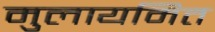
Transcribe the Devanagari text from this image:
मुलायमित